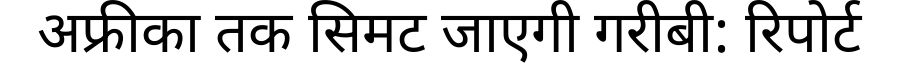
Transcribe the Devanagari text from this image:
अफ्रीका तक सिमट जाएगी गरीबी: रिपोर्ट